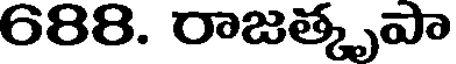
688. రాజత్కృపా